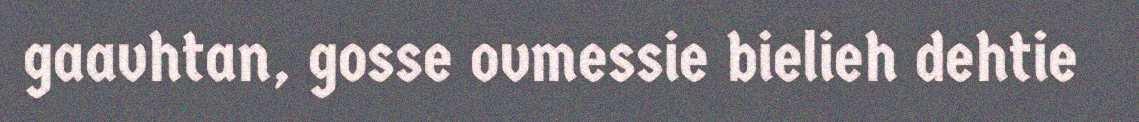
gaavhtan, gosse ovmessie bielieh dehtie